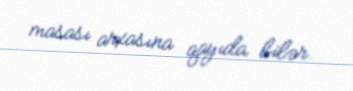
masası arxasına qayıda bilər.